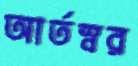
আর্তস্বর